Vaccination in Bombay 1856-1862 - 1856-1862
Year: 1856
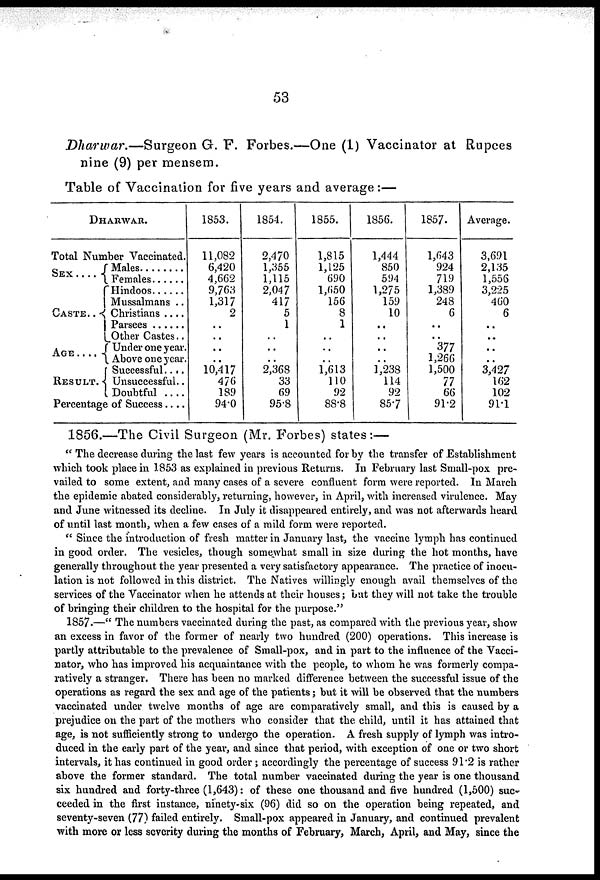
53
Dharwar.—Surgeon G. F. Forbes.—One (1) Vaccinator at Rupees
nine (9) per mensem.
Table of Vaccination for five years and average:—
DHARWAR.
Total Number Vaccinated.
SEX
. . . . .
CASTE . . . .
AGE . . . .
RESULT . .
Males . . . .
Females . . . . .
Hindoos . . . .
Mussalmans . .
Christians . . .
Parsees . . . .
Other Castes . .
Under one year.
Above one year.
Successful . . .
Unsuccessful . .
Doubtful . . . .
Percentage of Success . . .
1853.
11,082
6,420
4,662
9,763
1,317
2
..
..
..
..
10,417
476
189
94.0
1854.
2,470
1,355
1,115
2,047
417
5
1
..
..
.. 2,368
33
69
95.8
1855.
1,815
1,125
690
1,650
156
8
1
..
..
.. 1,613
110
92
88.8
1856.
1,444
850
594
1,275
159
10
..
..
..
.. 1,238
114
92
85.7
1857.
1,643
924
719
1,389
248
6
..
..
377
1,266
1,500
77
66
91.2
Average.
3,691
2,135
1,556
3,225
460
6
..
..
..
.. 3,427
162
102
91.1
1856.—The Civil Surgeon (Mr. Forbes) states:—
" The decrease during the last few years is accounted for by the transfer of Establishment
which took place in 1853 as explained in previous Returns. In February last Small-pox pre-
vailed to some extent, and many cases of a severe confluent form were reported. In March
the epidemic abated considerably, returning, however, in April, with increased virulence. May
and June witnessed its decline. In July it disappeared entirely, and was not afterwards heard
of until last month, when a few cases of a mild form were reported.
" Since the introduction of fresh matter in January last, the vaccine lymph has continued
in good order. The vesicles, though somewhat small in size during the hot months, have
generally throughout the year presented a very satisfactory appearance. The practice of inocu-
lation is not followed in this district. The Natives willingly enough avail themselves of the
services of the Vaccinator when he attends at their houses; but they will not take the trouble
of bringing their children to the hospital for the purpose."
1857.—" The numbers vaccinated during the past, as compared with the previous year, show
an excess in favor of the former of nearly two hundred (200) operations. This increase is
partly attributable to the prevalence of Small-pox, and in part to the influence of the Vacci-
nator, who has improved his acquaintance with the people, to whom he was formerly compa-
ratively a stranger. There has been no marked difference between the successful issue of the
operations as regard the sex and age of the patients; but it will be observed that the numbers
vaccinated under twelve months of age are comparatively small, and this is caused by a
prejudice on the part of the mothers who consider that the child, until it has attained that
age, is not sufficiently strong to undergo the operation. A fresh supply of lymph was intro-
duced in the early part of the year, and since that period, with exception of one or two short
intervals, it has continued in good order ; accordingly the percentage of success 91.2 is rather
above the former standard. The total number vaccinated during the year is one thousand
six hundred and forty-three (1,643): of these one thousand and five hundred (1,500) suc-
ceeded in the first instance, ninety-six (96) did so on the operation being repeated, and
seventy-seven (77) failed entirely. Small-pox appeared in January, and continued prevalent
with more or less severity during the months of February, March, April, and May, since the